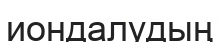
иондалудың